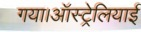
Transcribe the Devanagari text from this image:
गया।ऑस्ट्रेलियाई